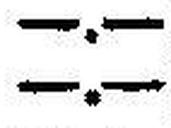
—.—